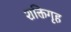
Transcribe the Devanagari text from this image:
शक्तिगृह